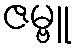
ဇမ္ဗူ